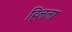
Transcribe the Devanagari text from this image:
हिलला